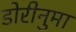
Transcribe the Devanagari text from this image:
डोरीनुमा